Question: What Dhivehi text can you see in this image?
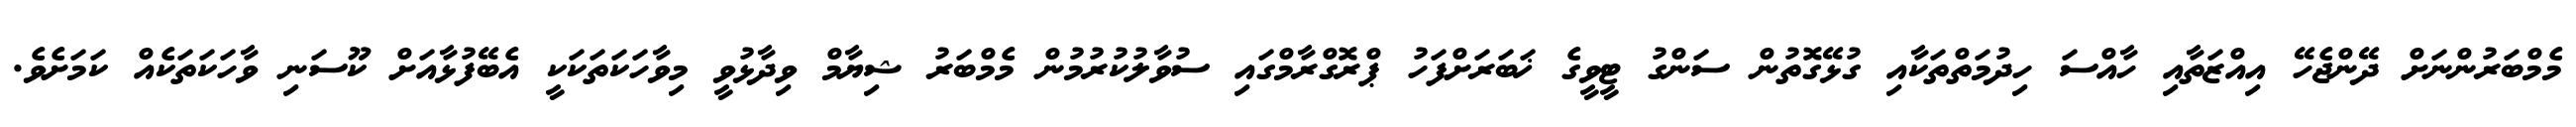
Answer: މެމްބަރުންނަށް ދޭންޖެހޭ އިއްޒަތާއި ހާއްސަ ހިދުމަތްތަކާއި ގުޅޭގޮތުން ސަންގު ޓީވީގެ ޚަބަރަށްފަހު ޕްރޮގްރާމްގައި ސުވާލުކުރުމުން މެމްބަރު ޝިޔާމް ވިދާޅުވީ މިވާހަކަތަކަކީ އެބޭފުޅާއަށް ކޫސަނި ވާހަކަތަކެއް ކަމަށެވެ.